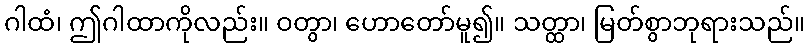
ဂါထံ၊ ဤဂါထာကိုလည်း။ ဝတွာ၊ ဟောတော်မူ၍။ သတ္ထာ၊ မြတ်စွာဘုရားသည်။